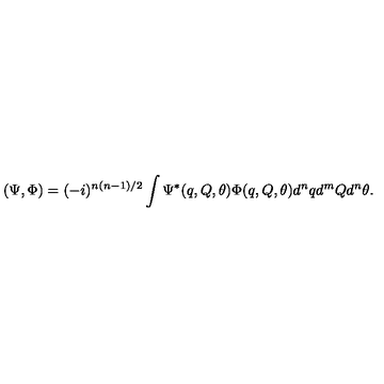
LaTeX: ( \Psi , \Phi ) = ( - i ) ^ { n ( n - 1 ) / 2 } \int \Psi ^ { * } ( q , Q , \theta ) \Phi ( q , Q , \theta ) d ^ { n } q d ^ { m } Q d ^ { n } \theta .